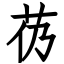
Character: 芿